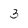
Character: 3